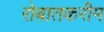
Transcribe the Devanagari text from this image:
रोबातकरीम